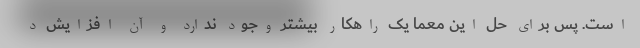
است. پس برای حل این معما یک راهکار بیشتر وجود ندارد و آن افزایش د